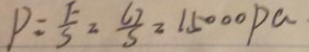
P = \frac { F } { S } = \frac { G } { S } = 1 5 0 0 0 P a